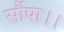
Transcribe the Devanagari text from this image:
सौंपा।।